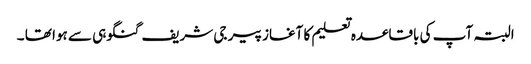
البتہ آپ کی باقاعدہ تعلیم کا آغاز پیر جی شریف گنگوہی سے ہوا تھا ۔